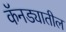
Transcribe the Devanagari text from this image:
कॅनड्यातील